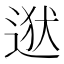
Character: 𮷡